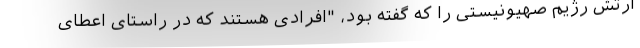
ارتش رژیم صهیونیستی را که گفته بود، "افرادی هستند که در راستای اعطای